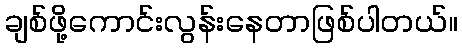
ချစ်ဖို့ကောင်းလွန်းနေတာဖြစ်ပါတယ်။